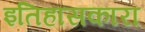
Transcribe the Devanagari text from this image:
इतिहासकारा